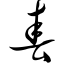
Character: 春